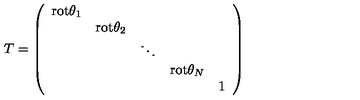
T = \left( \begin{array} { c c c c c } { \mathrm { r o t } \theta _ { 1 } } & { } & { } & { } & { } \\ { } & { \mathrm { r o t } \theta _ { 2 } } & { } & { } & { } \\ { } & { } & { \ddots } & { } & { } \\ { } & { } & { } & { \mathrm { r o t } \theta _ { N } } & { } \\ { } & { } & { } & { } & { { \large 1 } } \\ \end{array} \right)